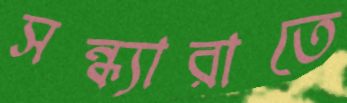
সন্ধ্যারাতে